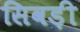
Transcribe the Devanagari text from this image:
सिवड़ी